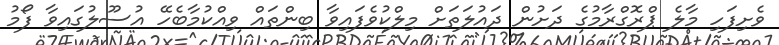
ވެށިފަހި މާލެ ޕްރޮގްރާމުގެ ދަށުން ދައުލަތަށް މިލްކުވެފައިވާ ބިންތައް ވިއްކުމާބެހޭ އުސޫލުގައިވާ ފޯމު